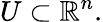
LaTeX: U\subset\mathbb{R}^{n}.